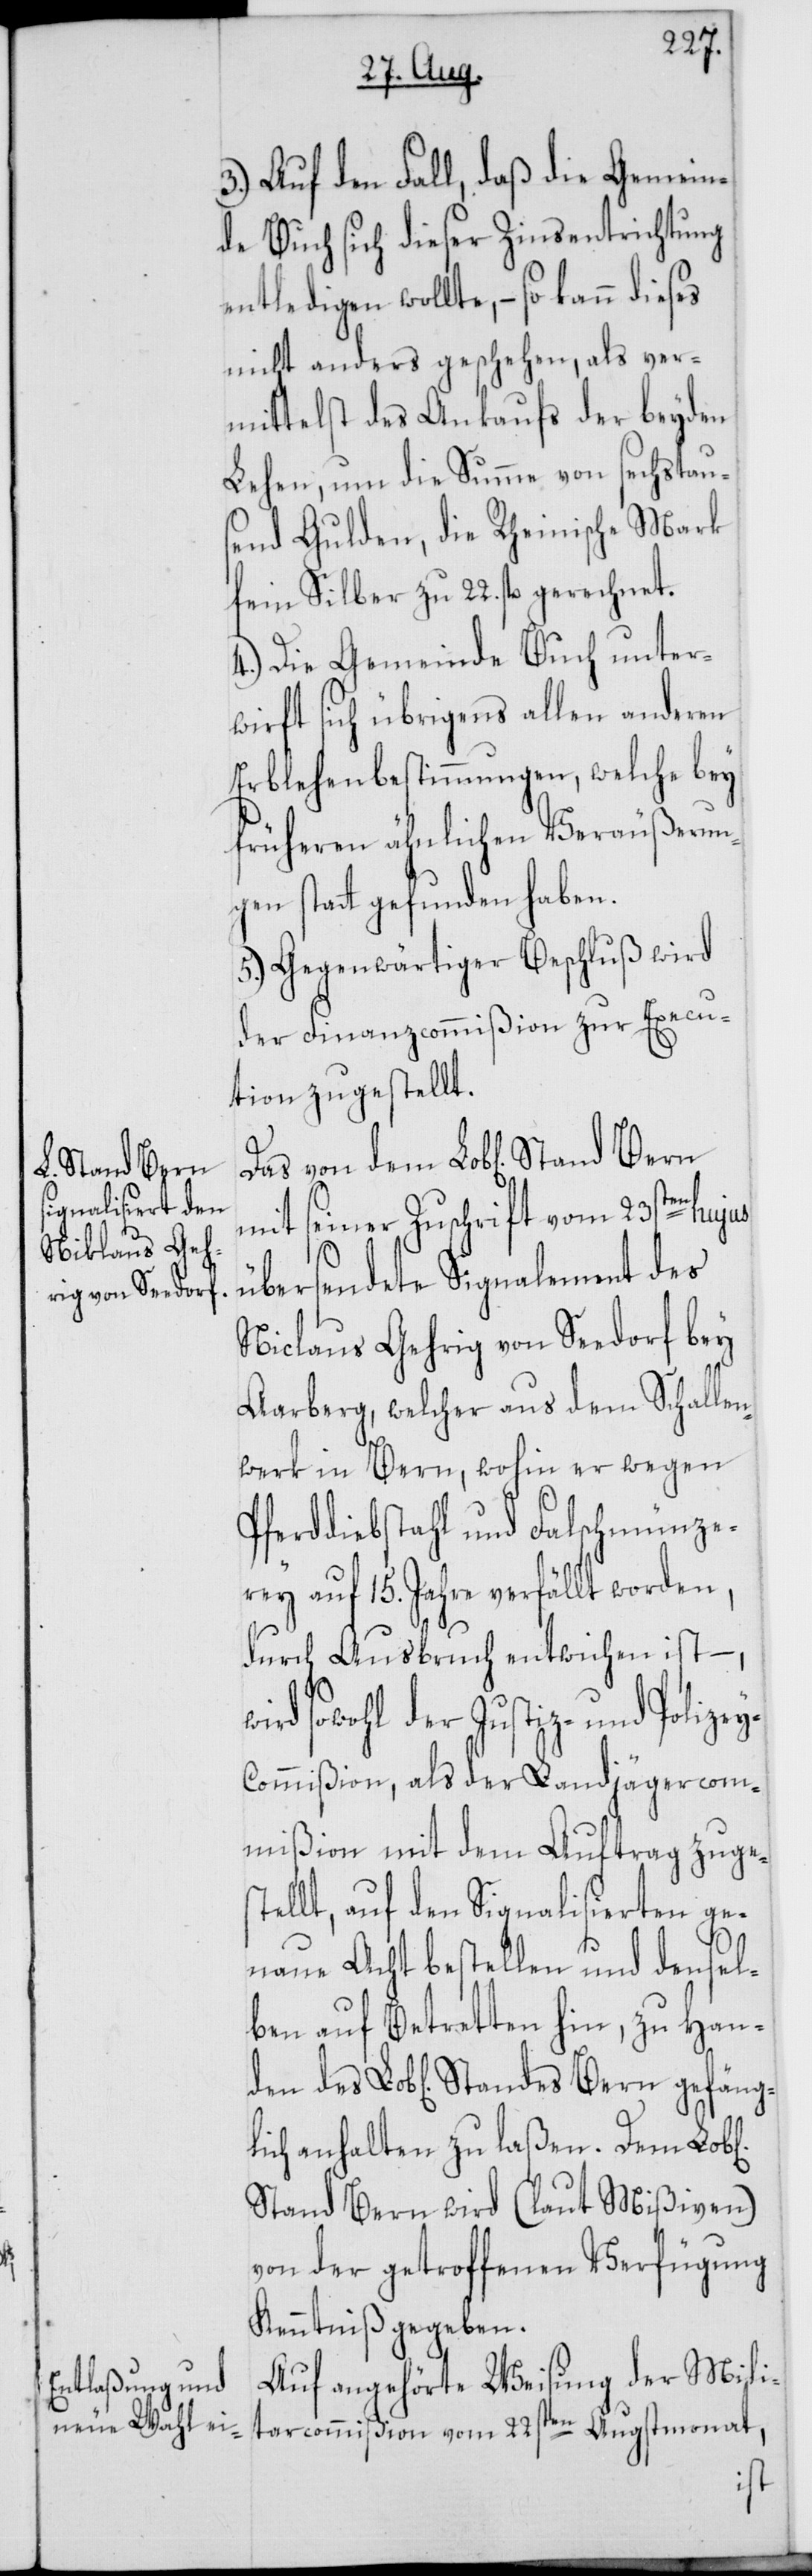
Stand Bern

3.) Auf den Fall, daß die Gemein¬
de Buch sich dieser Zinsentrichtung
entledigen wollte, – so kann dieses
nicht anders geschehen, als ver¬
mittelst des Ankaufs der beyden
Lehen, um die Summe von sechstau¬
send Gulden, die Rheinische Mark
fein Silber zu 22. fl. gerechnet.
4.) Die Gemeinde Buch unter¬
wirft sich übrigens allen anderen
Erblehenbestimmungen, welche bey
früheren ähnlichen Veräußerun¬
gen stattgefunden haben.
5.) Gegenwärtiger Beschluß wird
der Finanzcommißion zur Execu¬
tion zugestellt.
mit seiner Zuschrift vom 23sten
übersendete Signalement des
Niclaus Gehrig von Seedorf bey
Aarberg, welcher aus dem Schallen¬
werk in Bern, wohin er wegen
Pferddiebstahl und Falschmünze¬
rey auf 15. Jahre verfällt worden,
durch Ausbruch entwichen ist –,
Standes Bern gefäng¬
y-Commißion, als der Landjägercom¬
mißion mit dem Auftrag zuges¬
tellt, auf den Signalisierten ge¬
hen]
naue Acht bestellen und densel¬
ben auf Betretten hin, zu Han¬
lich anhalten zu laßen. Dem Lob[l¬
Stand Bern wird (laut Mißiven)
von der getroffenen Verfügung
Kenntniß gegeben.
Auf angehörte Weisung der Mili¬
tarcommißion vom 22sten Augstmonat,